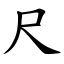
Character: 尺